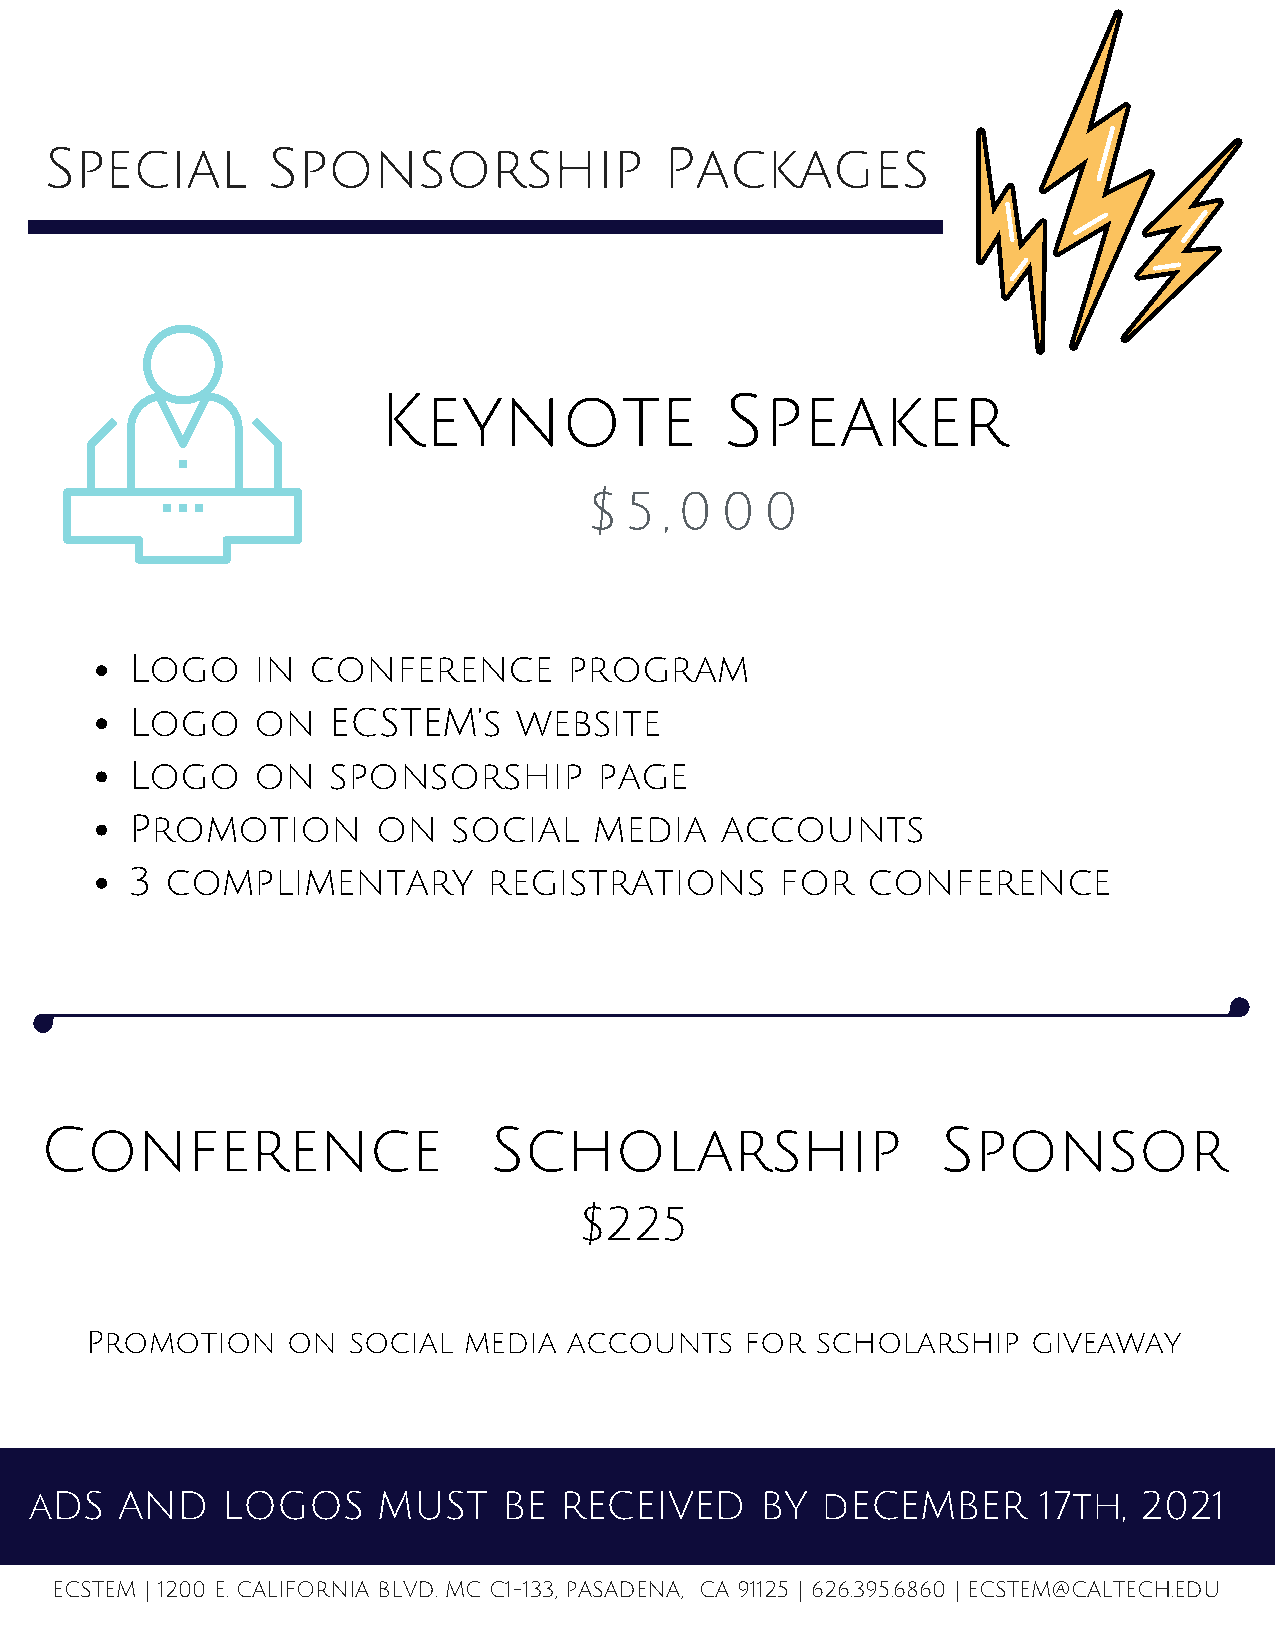
Special        Sponsorship               Packages
 Keynote                Speaker
 $ 5  , 0 0  0
 Logo    in conference        program
 Logo    on   ECSTEM’s    website
 Logo    on   sponsorship       page
 Promotion       on   social   media    accounts
 3 complimentary        registrations       for  conference
 Conference                   Scholarship                   Sponsor
 $225
 Promotion    on  social  media  accounts   for  scholarship   giveaway
 aDS   AND    LOGOS     MUST    BE  RECEIVED     BY  dECEMBER       17th, 2021
 ECSTEM | 1200 E. CALIFORNIA BLVD. MC C1-133, PASADENA, CA 91125 | 626.395.6860 | ECSTEM@CALTECH.EDU